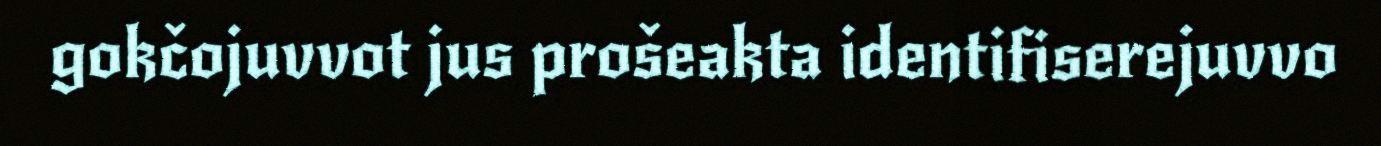
gokčojuvvot jus prošeakta identifiserejuvvo